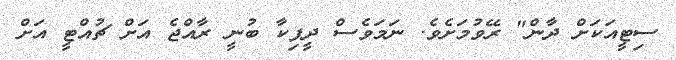
ސިޓީއަކަށް ދާން" ރޭވުމަށެވެ. ނަމަވެސް ދީޕިކާ ބުނީ ރާއްޖެ އަށް ޗުއްޓީ އަށް